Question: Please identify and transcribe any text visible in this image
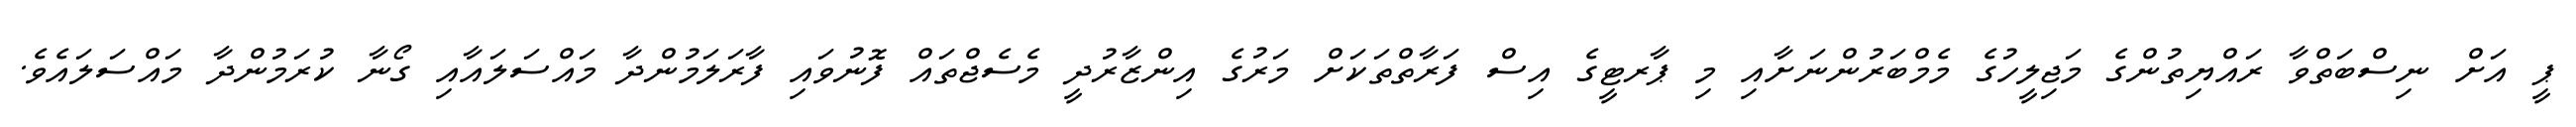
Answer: ޕީ އަށް ނިސްބަތްވާ ރައްޔިތުންގެ މަޖިލީހުގެ މެމްބަރުންނަށާއި މި ޕާރޓީގެ އިސް ފަރާތްތަކަށް މަރުގެ އިންޒާރުދީ މެސެޖްތައް ފޮނުވައި ފާރަލަމުންދާ މައްސަލައާއި ގޯނާ ކުރަމުންދާ މައްސަލައެވެ.